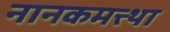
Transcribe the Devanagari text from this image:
नानकमत्त्था